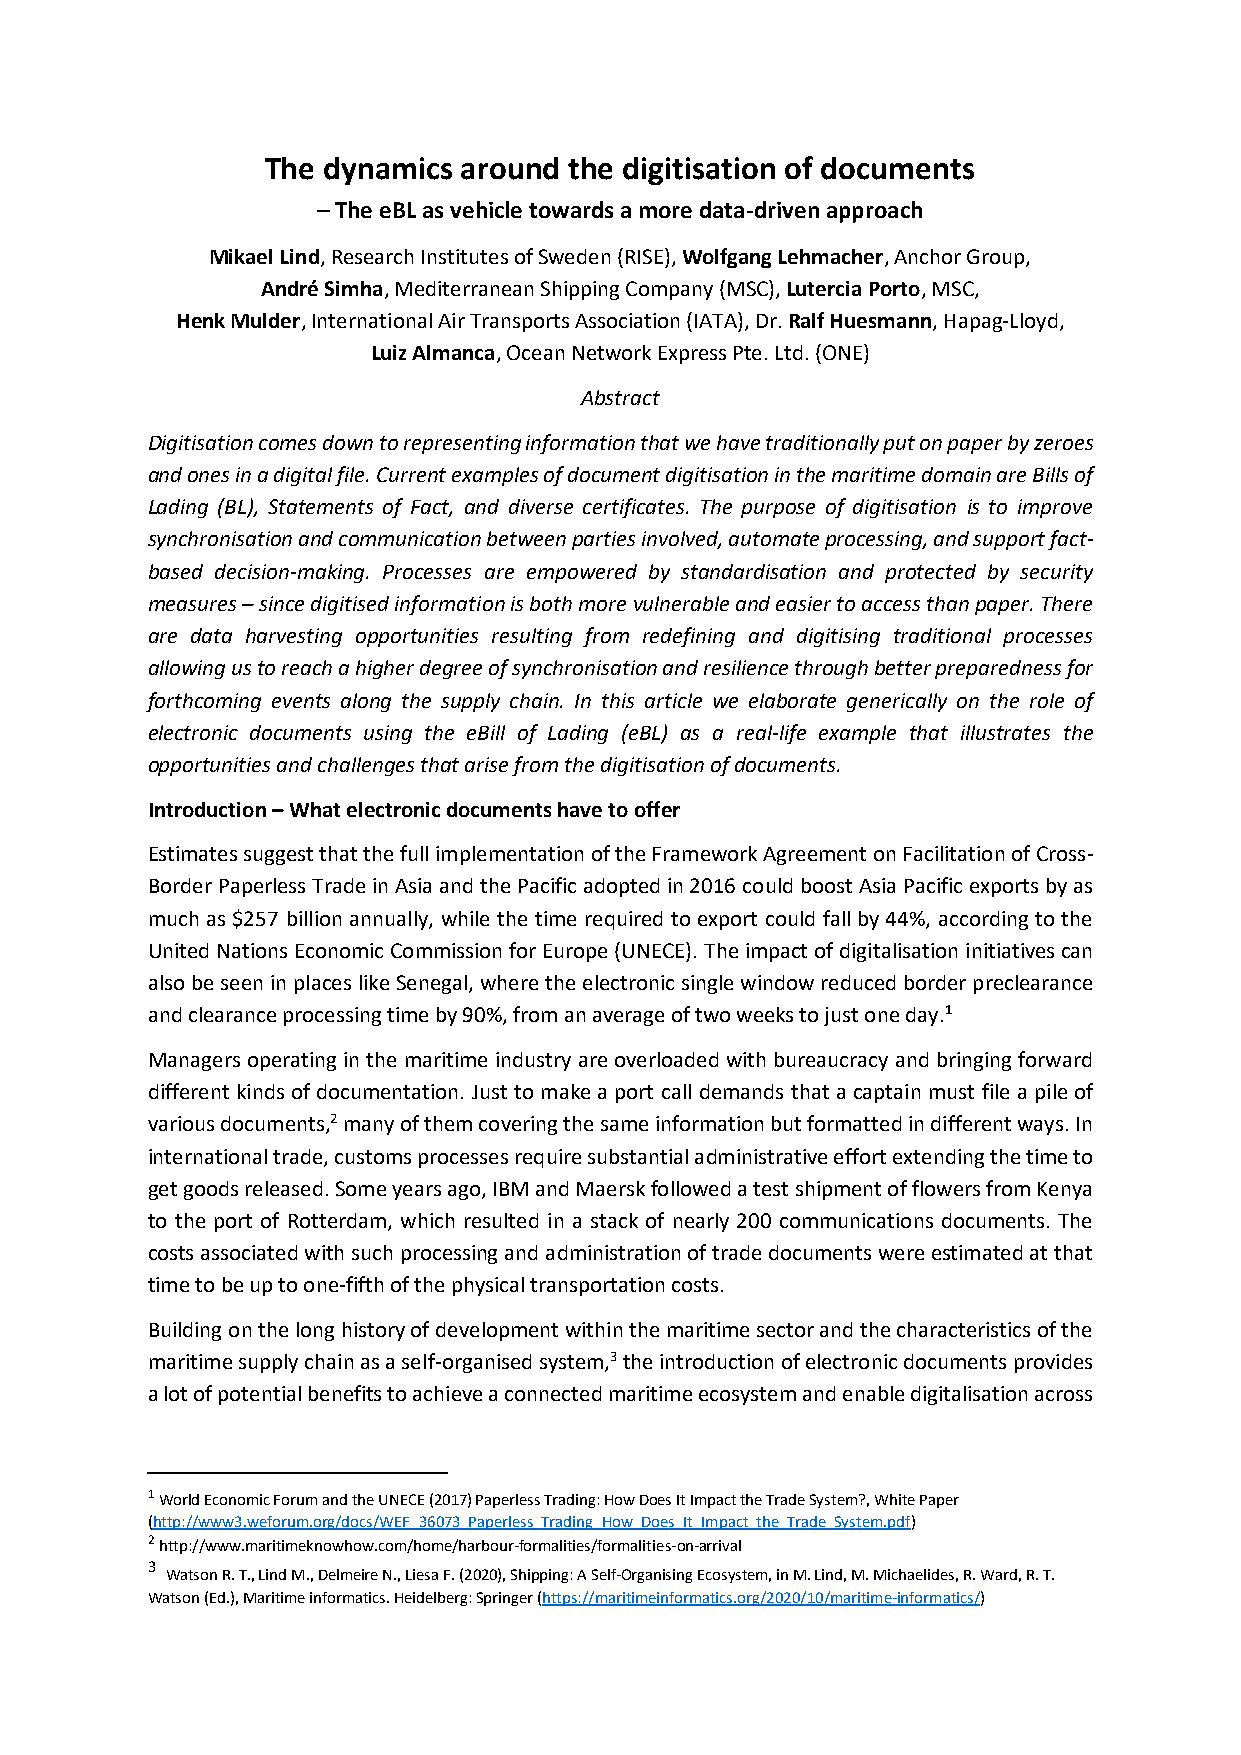
The dynamics around the digitisation of documents
 – The eBL as vehicle towards a more data-driven approach
 Mikael Lind, Research Institutes of Sweden (RISE), Wolfgang Lehmacher, Anchor Group,
 André Simha, Mediterranean Shipping Company (MSC), Lutercia Porto, MSC,
 Henk Mulder, International Air Transports Association (IATA), Dr. Ralf Huesmann, Hapag-Lloyd,
 Luiz Almanca, Ocean Network Express Pte. Ltd. (ONE)
 Abstract
 Digitisation comes down to representing information that we have traditionally put on paper by zeroes
 and ones in a digital file. Current examples of document digitisation in the maritime domain are Bills of
 Lading (BL), Statements of Fact, and diverse certificates. The purpose of digitisation is to improve
 synchronisation and communication between parties involved, automate processing, and support fact-
 based decision-making. Processes are empowered by standardisation and protected by security
 measures – since digitised information is both more vulnerable and easier to access than paper. There
 are data harvesting opportunities resulting from redefining and digitising traditional processes
 allowing us to reach a higher degree of synchronisation and resilience through better preparedness for
 forthcoming events along the supply chain. In this article we elaborate generically on the role of
 electronic documents using the eBill of Lading (eBL) as a real-life example that illustrates the
 opportunities and challenges that arise from the digitisation of documents.
 Introduction – What electronic documents have to offer
 Estimates suggest that the full implementation of the Framework Agreement on Facilitation of Cross-
 Border Paperless Trade in Asia and the Pacific adopted in 2016 could boost Asia Pacific exports by as
 much as $257 billion annually, while the time required to export could fall by 44%, according to the
 United Nations Economic Commission for Europe (UNECE). The impact of digitalisation initiatives can
 also be seen in places like Senegal, where the electronic single window reduced border preclearance
 and clearance processing time by 90%, from an average of two weeks to just one day.1
 Managers operating in the maritime industry are overloaded with bureaucracy and bringing forward
 different kinds of documentation. Just to make a port call demands that a captain must file a pile of
 various documents,2 many of them covering the same information but formatted in different ways. In
 international trade, customs processes require substantial administrative effort extending the time to
 get goods released. Some years ago, IBM and Maersk followed a test shipment of flowers from Kenya
 to the port of Rotterdam, which resulted in a stack of nearly 200 communications documents. The
 costs associated with such processing and administration of trade documents were estimated at that
 time to be up to one-fifth of the physical transportation costs.
 Building on the long history of development within the maritime sector and the characteristics of the
 maritime supply chain as a self-organised system,3 the introduction of electronic documents provides
 a lot of potential benefits to achieve a connected maritime ecosystem and enable digitalisation across
 1 World Economic Forum and the UNECE (2017) Paperless Trading: How Does It Impact the Trade System?, White Paper
 (http://www3.weforum.org/docs/WEF_36073_Paperless_Trading_How_Does_It_Impact_the_Trade_System.pdf)
 2 http://www.maritimeknowhow.com/home/harbour-formalities/formalities-on-arrival
 3
 Watson R. T., Lind M., Delmeire N., Liesa F. (2020), Shipping: A Self-Organising Ecosystem, in M. Lind, M. Michaelides, R. Ward, R. T.
 Watson (Ed.), Maritime informatics. Heidelberg: Springer (https://maritimeinformatics.org/2020/10/maritime-informatics/)